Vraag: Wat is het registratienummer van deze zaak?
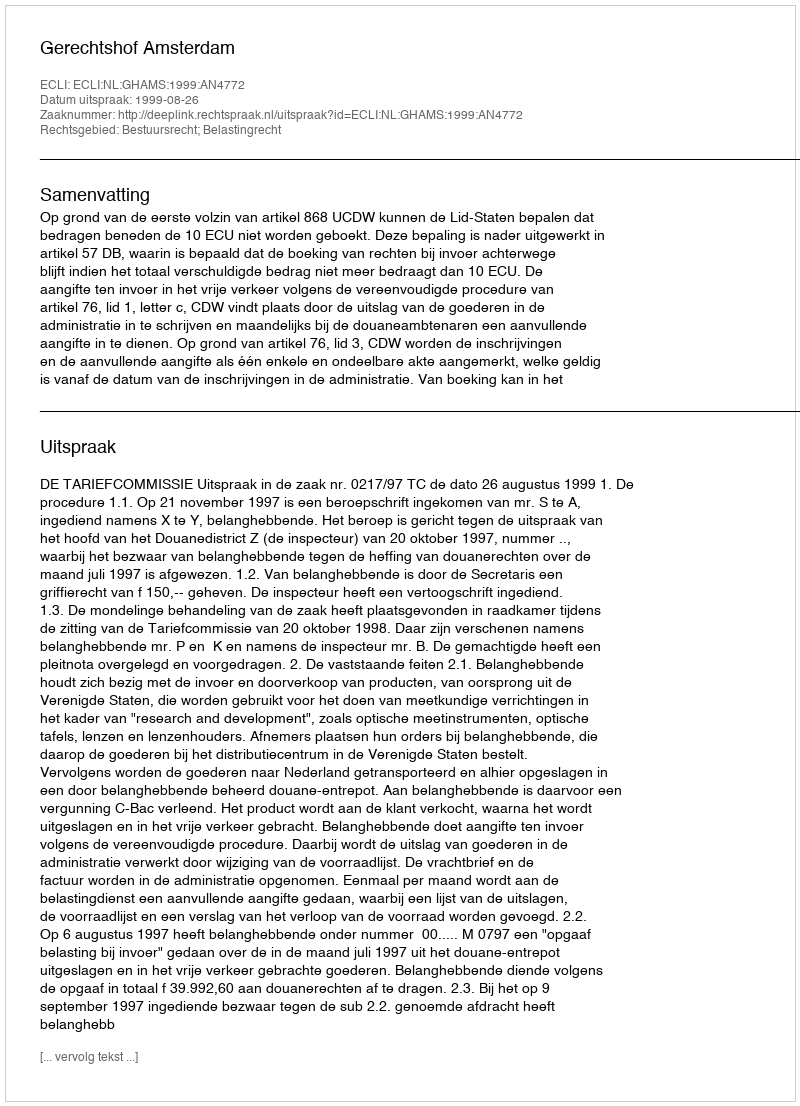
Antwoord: http://deeplink.rechtspraak.nl/uitspraak?id=ECLI:NL:GHAMS:1999:AN4772